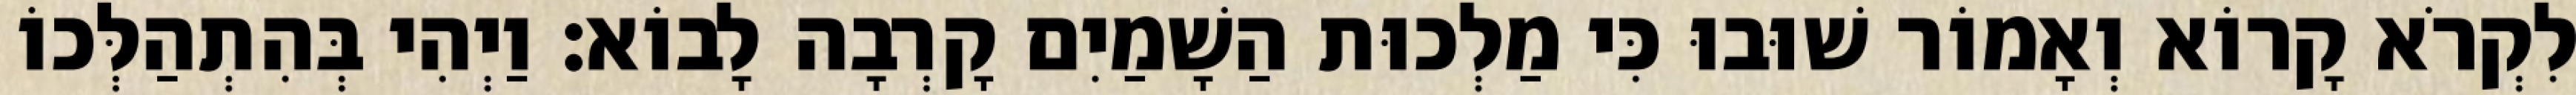
לִקְרֹא קָרוֹא וְאָמוֹר שׁוּבוּ כִּי מַלְכוּת הַשָׁמַיִם קָרְבָה לָבוֹא׃ וַיְהִי בְּהִתְהַלְּכוֹ